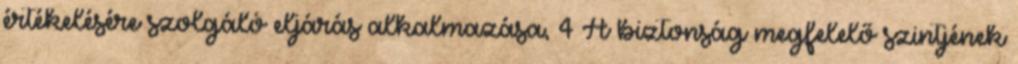
értékelésére szolgáló eljárás alkalmazása, 4 A biztonság megfelelő szintjének